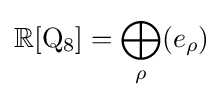
\mathbb {R} [\mathrm {Q} _{8}]=\bigoplus _{\rho }(e_{\rho })